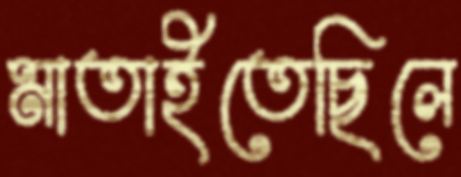
মাতাইতেছিলে